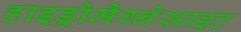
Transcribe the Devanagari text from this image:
हाइड्रोमैग्नेसाइट